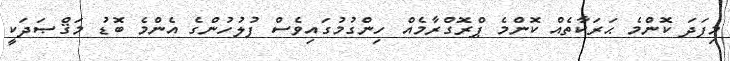
މިފަދަ ކޮންމެ ޙަރަކާތެއް ކޮންމެ ޕްރޮގްރާމެއް ހިންގުމުގައިވެސް ފުލުހުންގެ އެންމެ ބޮޑު މަޤްޞަދަކީ